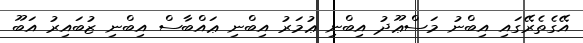
އޭގެތެރޭގައި އިބްނު މަސްޢޫދު އިބްނި ޢުމަރު އިބްނި ޢައްބާސް އިބްނި ޒުބައިރު އަބޫ